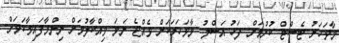
މާވަހަރު ޓެސްޓް ކުރުމަށް ފަހު އަސްލު މާވަހަރަކަށް ވެއްޖެ ނަމަ ވިއްކާލުމަށް ނިންމާފައިވާކަމަށް